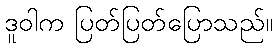
ဒူဝါက ပြတ်ပြတ်ပြောသည်။